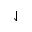
\downharpoonleft